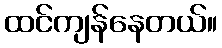
ထင်ကျန်နေတယ်။